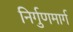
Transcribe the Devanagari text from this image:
निर्गुणमार्ग